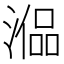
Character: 𣼞